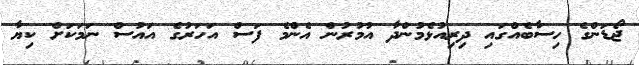
ޖޯޑަންގެ ހިސާބެއްގައި ދިރިއުޅެމުންދާ އުމުރުން އެންމެ ފަސް އަހަރުގެ އައުސް ނަމަކަށް ކިޔާ